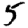
Digit: 5